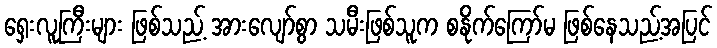
ရှေးလူကြီးများ ဖြစ်သည့် အားလျော်စွာ သမီးဖြစ်သူက စနိုက်ကြော်မ ဖြစ်နေသည့်အပြင်